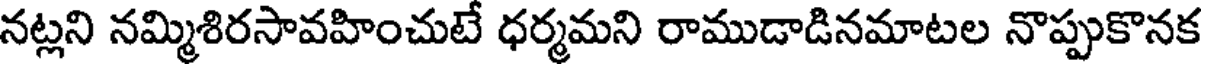
నట్లని నమ్మిశిరసావహించుటే ధర్మమని రాముడాడినమాటల నొప్పుకొనక